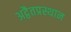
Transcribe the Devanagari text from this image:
अद्वैतप्रस्थान